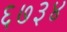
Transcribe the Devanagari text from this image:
६७३४